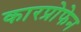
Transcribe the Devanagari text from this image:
कारप्रोफेन